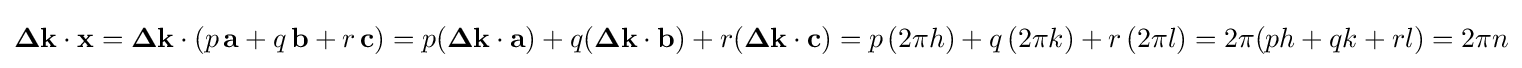
\mathbf {\Delta k} \cdot \mathbf {x} =\mathbf {\Delta k} \cdot (p\,\mathbf {a} +q\,\mathbf {b} +r\,\mathbf {c} )=p(\mathbf {\Delta k} \cdot \mathbf {a} )+q(\mathbf {\Delta k} \cdot \mathbf {b} )+r(\mathbf {\Delta k} \cdot \mathbf {c} )=p\,(2\pi h)+q\,(2\pi k)+r\,(2\pi l)=2\pi (ph+qk+rl)=2\pi n